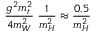
\frac { g ^ { 2 } m _ { t } ^ { 2 } } { 4 m _ { W } ^ { 2 } } \; \frac { 1 } { m _ { H } ^ { 2 } } \approx \frac { 0 . 5 } { m _ { H } ^ { 2 } }